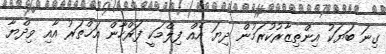
ގިނަ ބަޔަކު އިންތިޒާރުކުރަމުން ދިޔަ އެއް ފިލްމަކީ ފަރްހާން އަޚްތަރު އާއި ވިދްޔާ